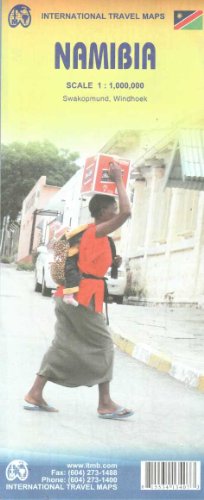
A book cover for Namibia Travel Ref Map 1:1,000,000 (International Travel Maps); International Travel Map; Travel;